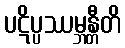
ပဋိပ္ပဿမ္ဘန္တီတိ